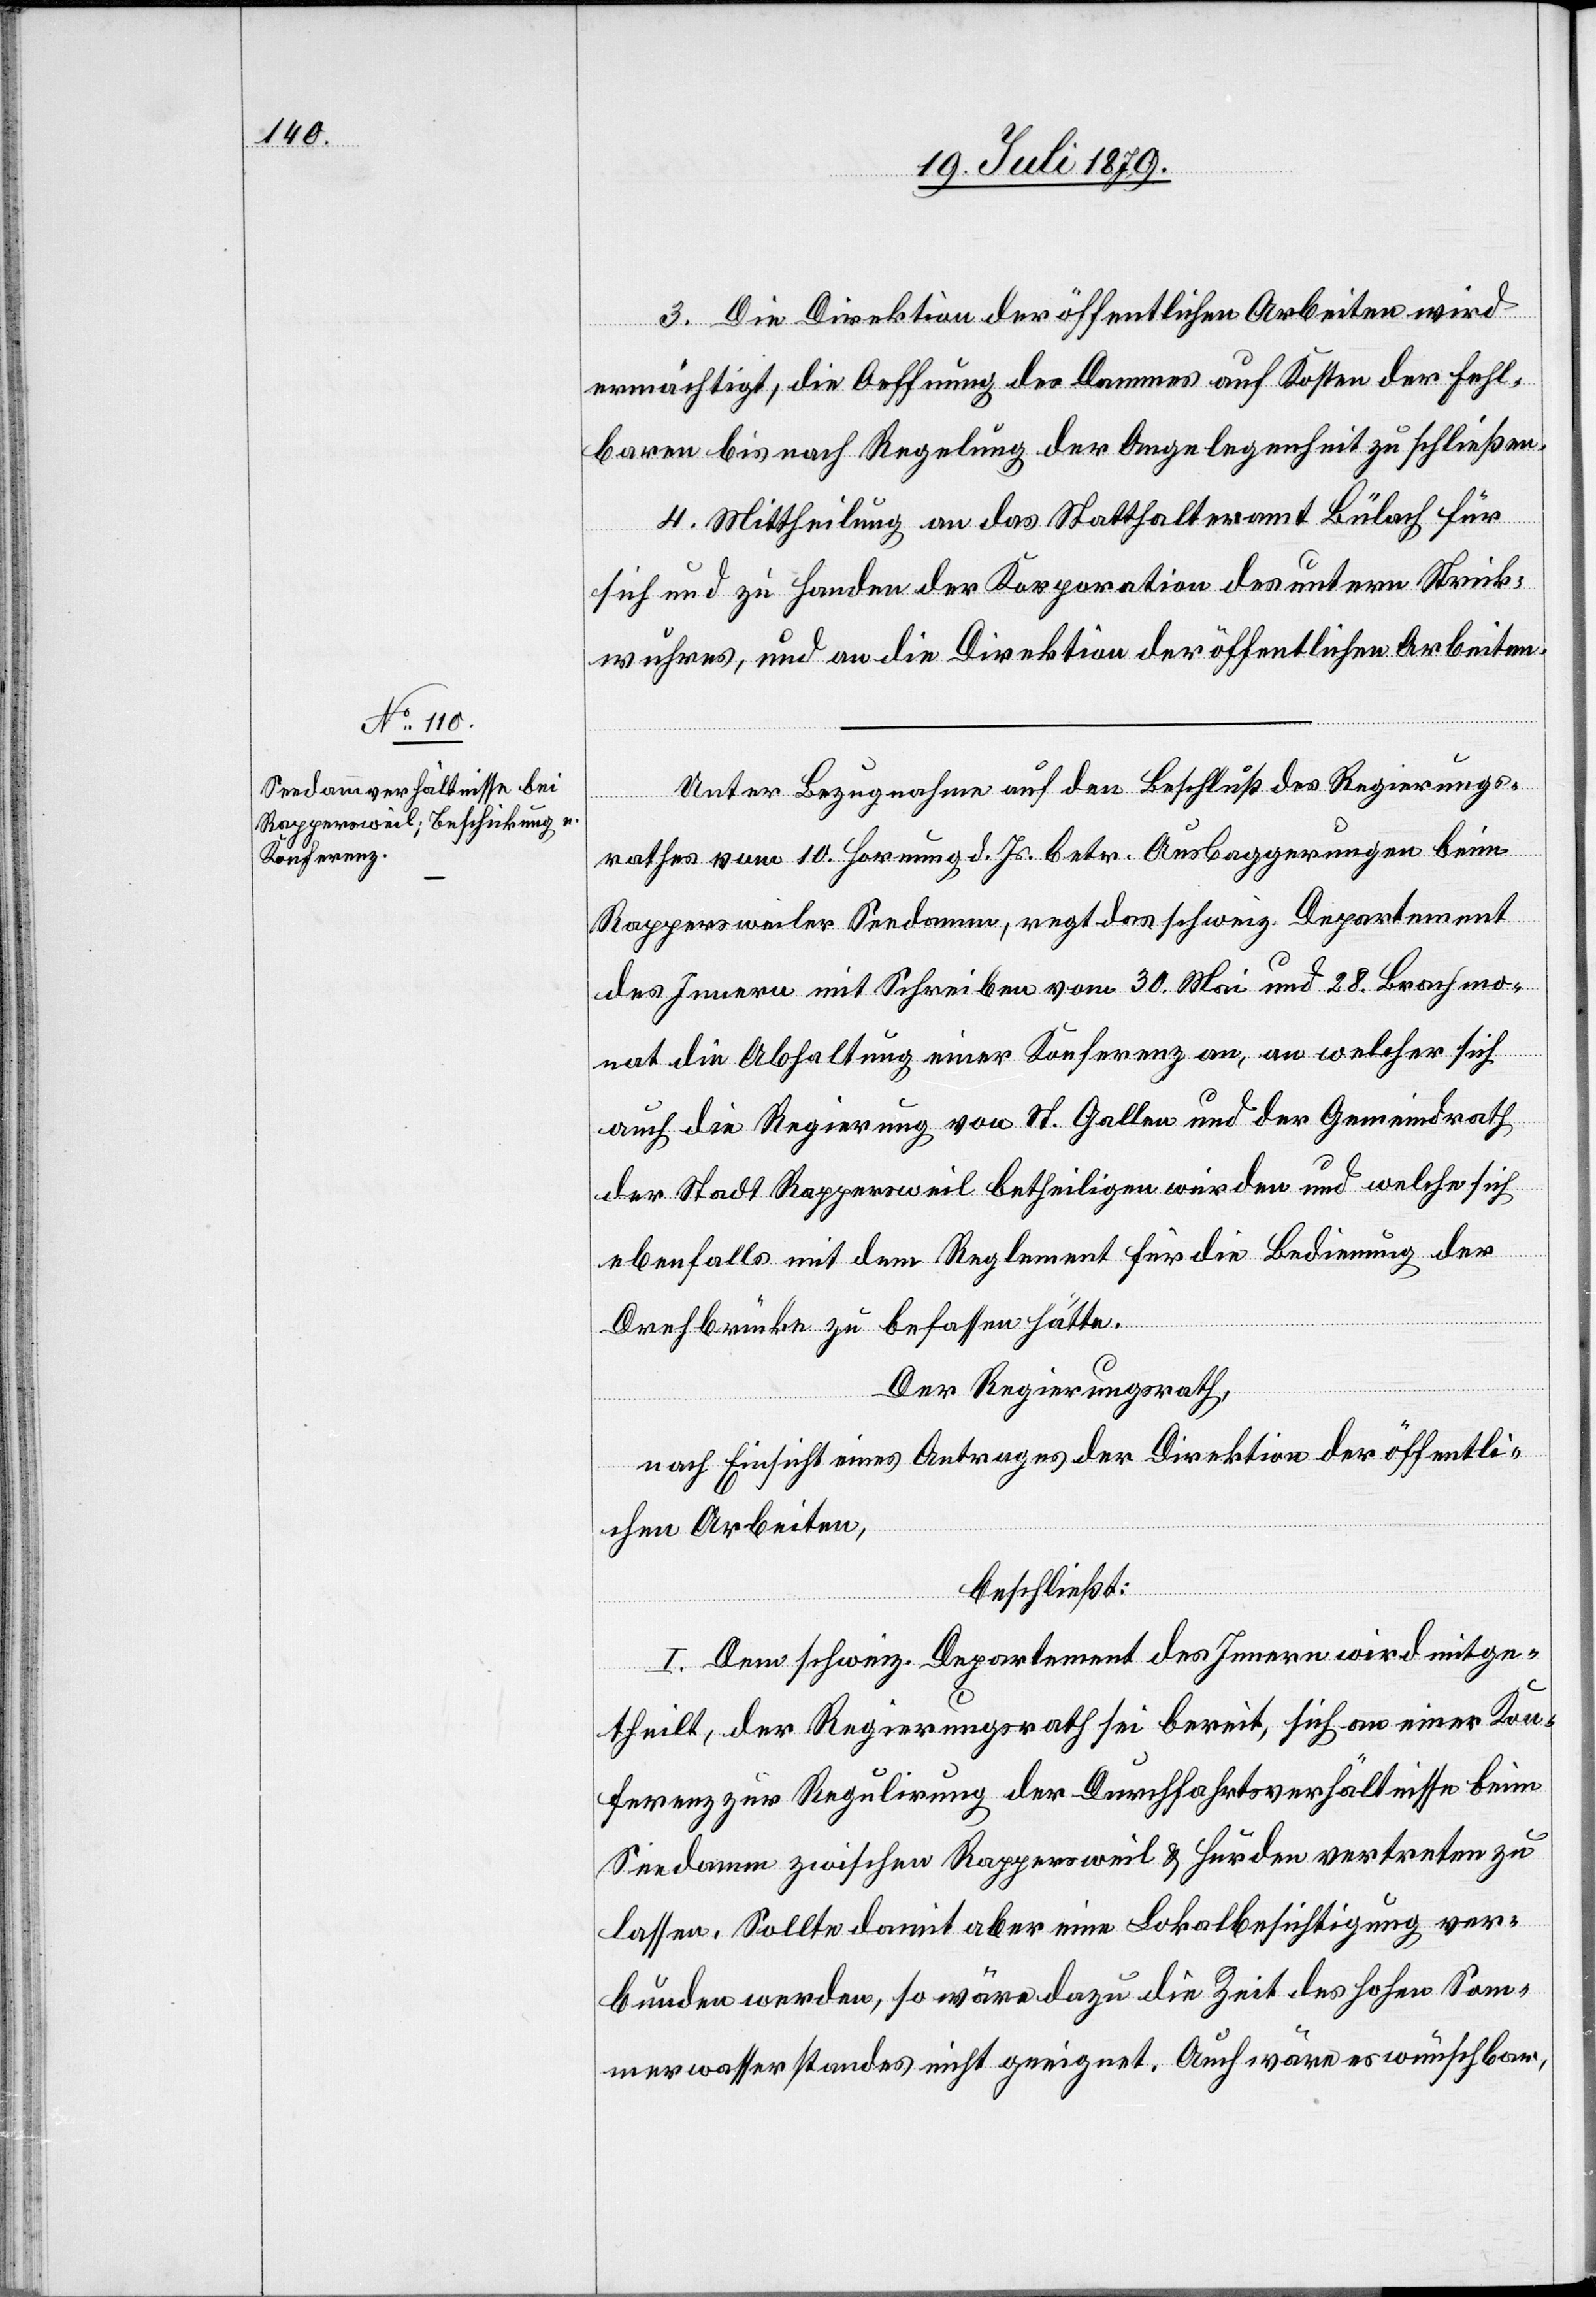
3. Die Direktion der öffentlichen Arbeiten wird
ermächtigt, die Oeffnung des Dammes auf Kosten der Fehl¬
baren bis nach Regelung der Angelegenheit zu schließen.
4. Mittheilung an das Statthalteramt Bülach für
sich und zu Handen der Korporation des untern Strick¬
wuhres, und an die Direktion der öffentlichen Arbeiten.
Unter Bezugnahme auf den Beschluß des Regierungs¬
rathes vom 10. Hornung d. Js. betr. Ausbaggerungen beim
Rappersweiler Seedamm, regt das schweiz. Departement
des Innern mit Schreiben vom 30. Mai und 28. Brachmo¬
nat die Abhaltung einer Konferenz an, an welcher sich
auch die Regierung von St. Gallen und der Gemeindrath
der Stadt Rappersweil betheiligen würden und welche sich
ebenfalls mit dem Reglement für die Bedienung der
Drehbrücke zu befassen hätte.
Der Regierungsrath,
nach Einsicht eines Antrages der Direktion der öffentli¬
chen Arbeiten,
beschließt:
I. Dem schweiz. Departement des Innern wird mitge¬
theilt, der Regierungsrath sei bereit, sich an einer Kon¬
ferenz zur Regulirung der Durchfahrtsverhältnisse beim
Seedamm zwischen Rappersweil & Hurden vertreten zu
lassen. Sollte damit aber eine Lokalbesichtigung ver¬
bunden werden, so wäre dazu die Zeit des hohen Som¬
merwasserstandes nicht geeignet. Auch wäre es wünschbar,